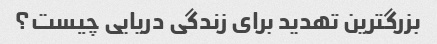
بزرگترین تهدید برای زندگی دریایی چیست؟